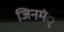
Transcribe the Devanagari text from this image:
जिनमं्